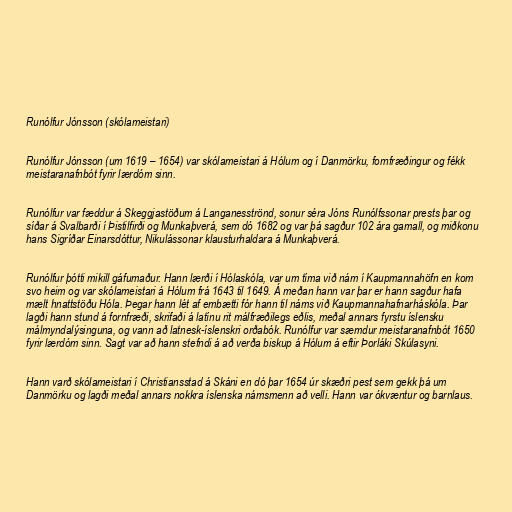
Runólfur Jónsson (skólameistari)

Runólfur Jónsson (um 1619 – 1654) var skólameistari á Hólum og í Danmörku, fornfræðingur og fékk
meistaranafnbót fyrir lærdóm sinn.

Runólfur var fæddur á Skeggjastöðum á Langanesströnd, sonur séra Jóns Runólfssonar prests þar og
síðar á Svalbarði í Þistilfirði og Munkaþverá, sem dó 1682 og var þá sagður 102 ára gamall, og miðkonu
hans Sigríðar Einarsdóttur, Nikulássonar klausturhaldara á Munkaþverá.

Runólfur þótti mikill gáfumaður. Hann lærði í Hólaskóla, var um tíma við nám í Kaupmannahöfn en kom
svo heim og var skólameistari á Hólum frá 1643 til 1649. Á meðan hann var þar er hann sagður hafa
mælt hnattstöðu Hóla. Þegar hann lét af embætti fór hann til náms við Kaupmannahafnarháskóla. Þar
lagði hann stund á fornfræði, skrifaði á latínu rit málfræðilegs eðlis, meðal annars fyrstu íslensku
málmyndalýsinguna, og vann að latnesk-íslenskri orðabók. Runólfur var sæmdur meistaranafnbót 1650
fyrir lærdóm sinn. Sagt var að hann stefndi á að verða biskup á Hólum á eftir Þorláki Skúlasyni.

Hann varð skólameistari í Christiansstad á Skáni en dó þar 1654 úr skæðri pest sem gekk þá um
Danmörku og lagði meðal annars nokkra íslenska námsmenn að velli. Hann var ókvæntur og barnlaus.